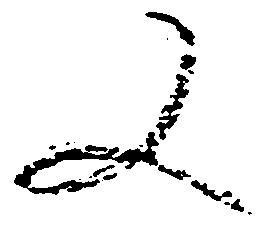
又